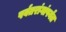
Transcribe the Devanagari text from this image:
पर्वतरांगांपर्यंत